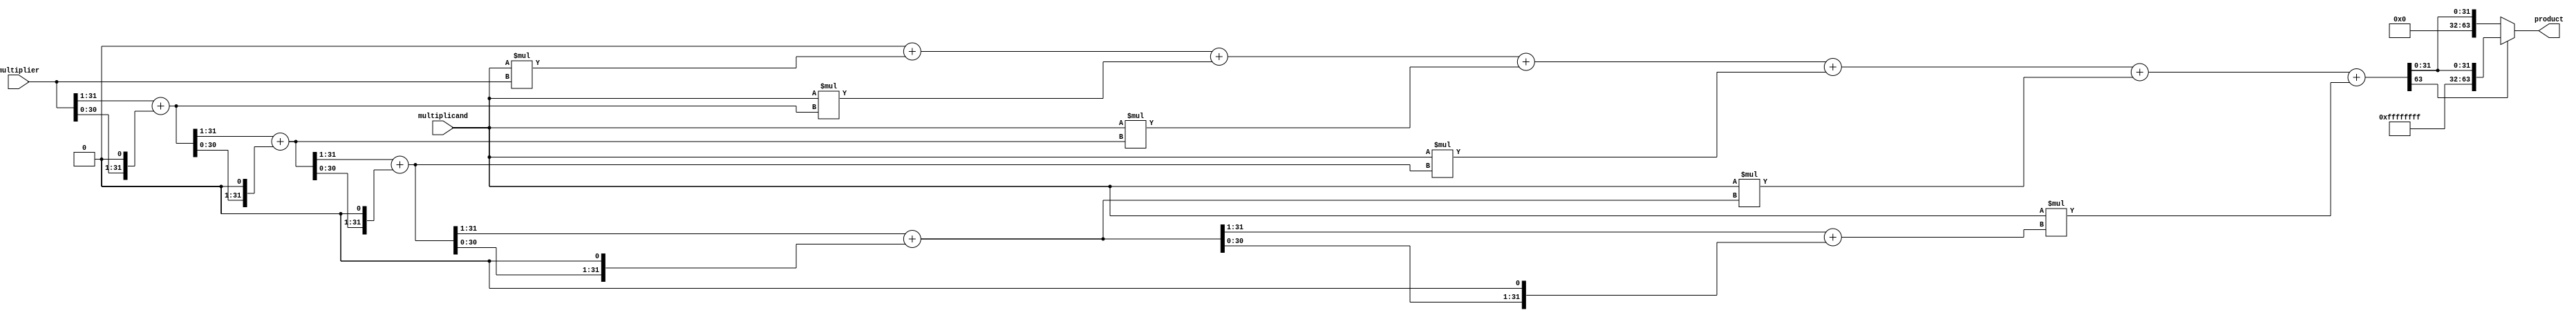
module booth_multiplier(
    input [31:0] multiplicand,
    input [31:0] multiplier,
    output reg [63:0] product
);

reg [31:0] partial_product[5:0];
reg [63:0] temp_product;
reg [1:0] count;

always @(*) begin
    // Generate partial products
    partial_product[0] = {32'b0, multiplier};
    for (count = 1; count < 6; count = count + 1) begin
        partial_product[count] = (partial_product[count-1] >> 1) + (partial_product[count-1] << 1);
    end

    // Add partial products to produce final product
    temp_product = 0;
    for (count = 0; count < 6; count = count + 1) begin
        temp_product = temp_product + (multiplicand * partial_product[count]);
    end

    // Handle sign extension and overflow
    if (temp_product[63] == 1) begin
        product = {32'b11111111_11111111_11111111_11111111, temp_product[31:0]};
    end else begin
        product = temp_product[31:0];
    end
end

endmodule